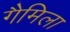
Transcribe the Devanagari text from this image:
गैमिला